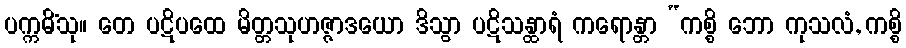
ပက္ကမိံသု။ တေ ပဋိပထေ မိတ္တသုဟဇ္ဇာဒယော ဒိသွာ ပဋိသန္ထာရံ ကရောန္တာ “ကစ္စိ ဘော ကုသလံ, ကစ္စိ